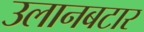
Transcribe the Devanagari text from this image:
उलानबटार